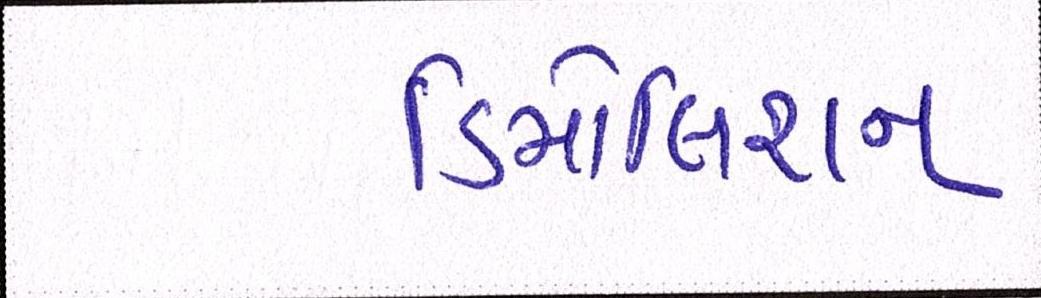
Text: ડિમોલિશન